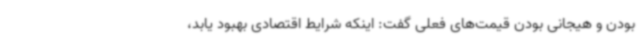
بودن و هیجانی ‌بودن قیمت‌های فعلی گفت: اینکه شرایط اقتصادی بهبود یابد،